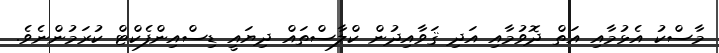
މާސްކު އެޅުމާއި އަތް ދޮވުމާއި އަދި ޤަވާއިދުން ކްލާސްތައް ދިޔައީ ޑިސްއިންފެކްޓް ކުރަމުންނެވެ.